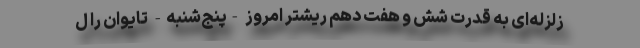
زلزله‌ای به قدرت شش و هفت دهم ریشتر امروز -‌پنج‌شنبه- تایوان را ل